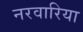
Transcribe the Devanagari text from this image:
नरवारिया